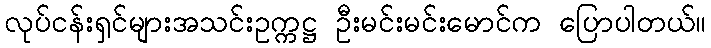
လုပ်ငန်းရှင်များအသင်းဥက္ကဋ္ဌ ဦးမင်းမင်းမောင်က ပြောပါတယ်။